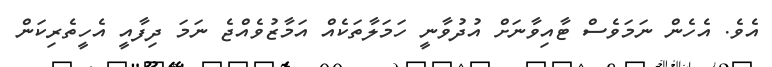
އެވެ. އެހެން ނަމަވެސް ޓާއިވާނަށް އުދުވާނީ ހަމަލާތަކެއް އަމާޒުވެއްޖެ ނަމަ ދިފާއީ އެހީތެރިކަން